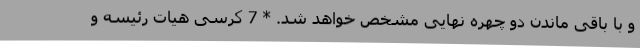
و با باقی ماندن دو چهره نهایی مشخص خواهد شد. * 7 کرسی هیات رئیسه و